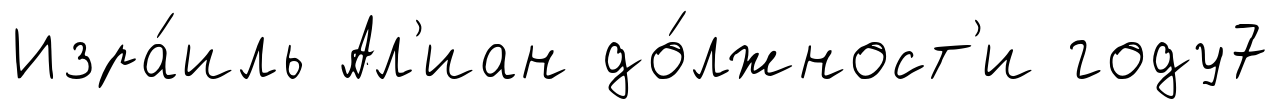
Изра́иль Ал'иан до́лжност'и году7